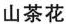
山茶花